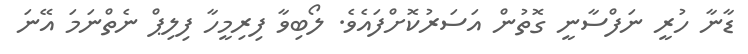
ޑާނާ ހުރީ ނަފްސާނީ ގޮތުން އަސަރުކޮށްފައެވެ. ލޯބިވާ ފިރިމީހާ ފިލިޕް ނެތްނަމަ އޭނަ